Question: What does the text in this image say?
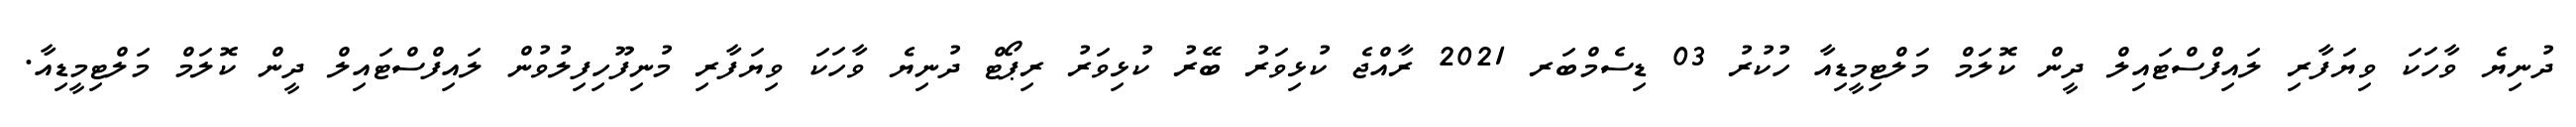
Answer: ދުނިޔެ ވާހަކަ ވިޔަފާރި ލައިފްސްޓައިލް ދީން ކޮލަމް މަލްޓިމީޑިއާ ހުކުރު 03 ޑިސެމްބަރ 2021 ރާއްޖެ ކުޅިވަރު ބޭރު ކުޅިވަރު ރިޕޯޓް ދުނިޔެ ވާހަކަ ވިޔަފާރި މުނިފޫހިފިލުވުން ލައިފްސްޓައިލް ދީން ކޮލަމް މަލްޓިމީޑިއާ.